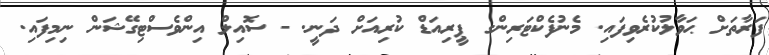
ފަރާތަށް ޙަވާލުކުރެވިފައި. މެނުފެކްޓަރިންގ ޕީރިއަޑް ކުރިއަށް ދަނީ. - ސޮއިލް އިންވެސްޓިގޭޝަން ނިމިފައި.